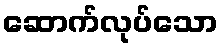
ဆောက်လုပ်သော